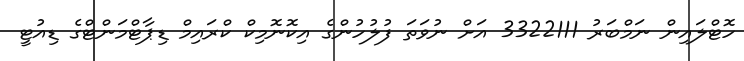
ހޮޓްލައިން ނަމްބަރު 3322111 އަށް ނުވަތަ ފުލުހުންގެ އިކޮނޮމިކް ކްރައިމް ޑިޕާޓްމަންޓްގެ ޑިއުޓީ